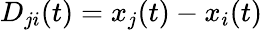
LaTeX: D_{ji}(t)=x_{j}(t)-x_{i}(t)